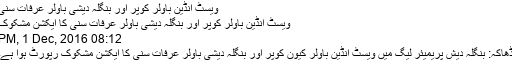
ویسٹ انڈین باولر کوپر اور بنگلہ دیشی باولر عرفات سنی
ویسٹ انڈین باولر کوپر اور بنگلہ دیشی باولر عرفات سنی کا ایکشن مشکوک
08:12 PM, 1 Dec, 2016
ڈھاکہ: بنگلہ دیش پریمیئر لیگ میں ویسٹ انڈین باولر کیون کوپر اور بنگلہ دیشی باولر عرفات سنی کا ایکشن مشکوک رپورٹ ہوا ہے۔